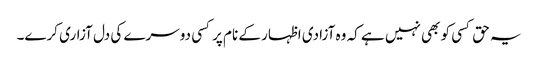
یہ حق کسی کو بھی نہیں ہے کہ وہ آزادی اظہار کے نام پرکسی دوسرے کی دل آزاری کرے۔